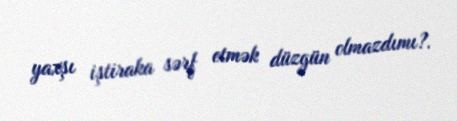
yaxşı iştiraka sərf etmək düzgün olmazdımı?.